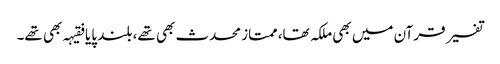
تفسیر قرآن میں بھی ملکہ تھا، ممتاز محدث بھی تھے، بلند پایا فقیہہ بھی تھے۔